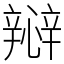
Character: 㦚